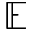
\mathbb { E }